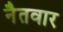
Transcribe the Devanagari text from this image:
नैतवार